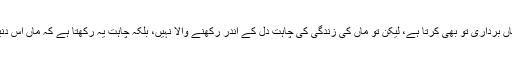
یہ تو تھا ماں کا جذبہ اور فرمایا کہ ماں کی خدمت و دلداری اور فرماں برداری تو بھی کرتا ہے، لیکن تو ماں کی زندگی کی چاہت دل کے اندر رکھنے والا نہیں، بلکہ چاہت یہ رکھتا ہے کہ ماں اس دنیا سے چلی جائے تو تجھے اس بار اور بوجھ سے چھٹکارا مل جائے۔